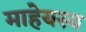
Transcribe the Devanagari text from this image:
माहेयस्य